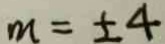
m = \pm 4